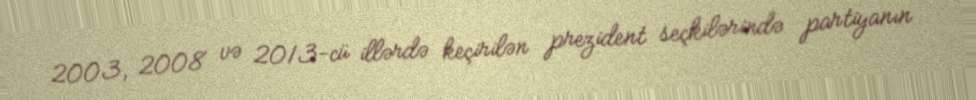
2003, 2008 və 2013-cü illərdə keçirilən prezident seçkilərində partiyanın